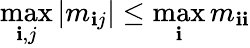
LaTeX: \operatorname*{max}_{\mathbf{i},j}\left|m_{\mathbf{i}j}\right|\leq\operatorname*{max}_{\mathbf{i}}m_{\mathbf{i}\mathbf{i}}